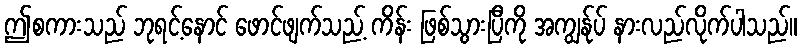
ဤစကားသည် ဘုရင့်နောင် ဖောင်ဖျက်သည့် ကိန်း ဖြစ်သွားပြီကို အကျွန်ုပ် နားလည်လိုက်ပါသည်။